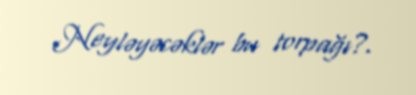
Neyləyəcəklər bu torpağı?.